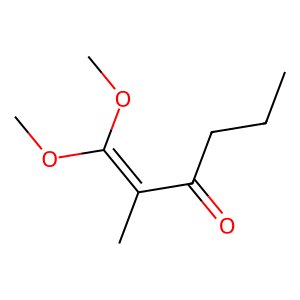
SMILES: CCCC(=O)C(C)=C(OC)OC
Inhibits HIV replication: No